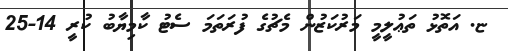
ޏ. އަތޮޅު ތަޢުލީމީ މަރުކަޒުން މެޗުގެ ފުރަތަމަ ސެޓު ކާމިޔާބު ކުރީ 14-25